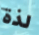
لذة